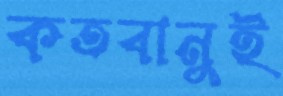
কতবানুই